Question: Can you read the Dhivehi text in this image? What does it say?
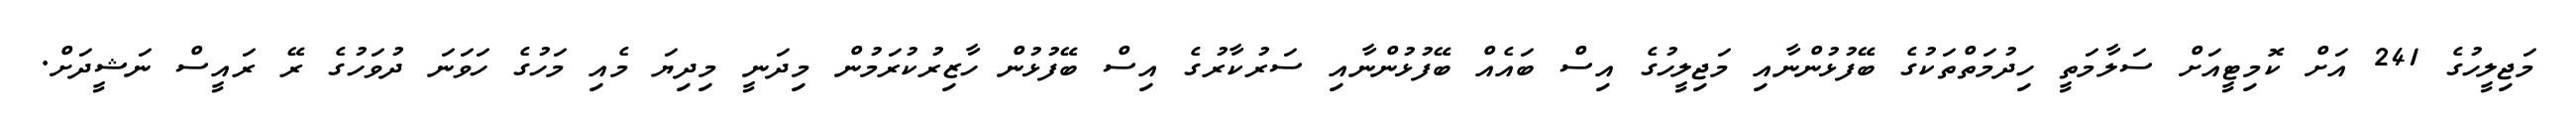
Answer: މަޖިލީހުގެ 241 އަށް ކޮމިޓީއަށް ސަލާމަތީ ހިދުމަތްތަކުގެ ބޭފުޅުންނާއި މަޖިލީހުގެ އިސް ބައެއް ބޭފުޅުންނާއި ސަރުކާރުގެ އިސް ބޭފުޅުން ހާޒިރުކުރަމުން މިދަނީ މިދިޔަ މެއި މަހުގެ ހަވަނަ ދުވަހުގެ ރޭ ރައީސް ނަޝީދަށް.